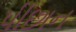
પીછાન